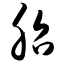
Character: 胎